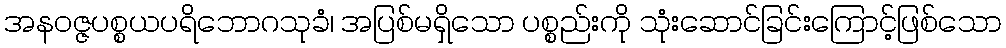
အနဝဇ္ဇပစ္စယပရိဘောဂသုခံ၊ အပြစ်မရှိသော ပစ္စည်းကို သုံးဆောင်ခြင်းကြောင့်ဖြစ်သော